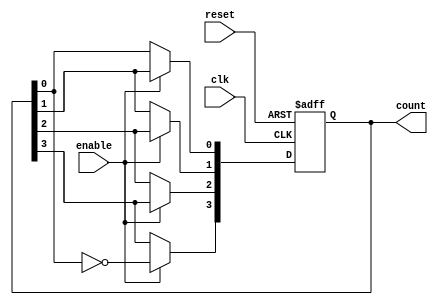
module johnson_counter (
    input wire clk,            // Clock signal
    input wire reset,          // Asynchronous reset signal
    input wire enable,         // Enable signal for counting
    output reg [3:0] count     // 4-bit output for the counter
);

    // Always block triggered on the rising edge of the clock or reset
    always @(posedge clk or posedge reset) begin
        if (reset) begin
            // Reset the counter to 0
            count <= 4'b0000;
        end else if (enable) begin
            // Johnson counter logic
            count[3] <= ~count[0]; // Invert the last flip-flop output
            count[2] <= count[3];   // Shift the state
            count[1] <= count[2];   // Shift the state
            count[0] <= count[1];   // Shift the state
        end
        // If enable is low, retain the current state
    end

endmodule